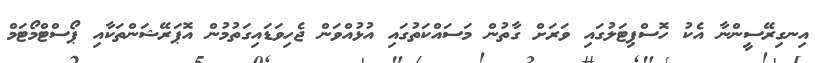
އިނގިރޭސީންނާ އެކު ހޮސްޕިޓަލުގައި ވަރަށް ގާތުން މަސައްކަތުގައި އުޅުއްވަން ޖެހިވަޑައިގަތުމުން އޮޕަރޭޝަންތަކާއި ޕޯސްޓްމޯޓަމް